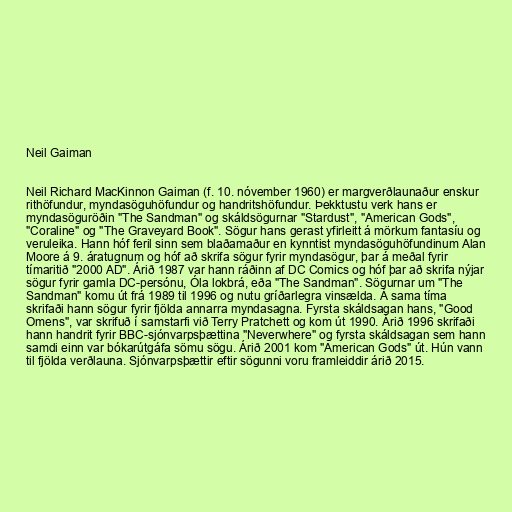
Neil Gaiman

Neil Richard MacKinnon Gaiman (f. 10. nóvember 1960) er margverðlaunaður enskur
rithöfundur, myndasöguhöfundur og handritshöfundur. Þekktustu verk hans er
myndasöguröðin "The Sandman" og skáldsögurnar "Stardust", "American Gods",
"Coraline" og "The Graveyard Book". Sögur hans gerast yfirleitt á mörkum fantasíu og
veruleika. Hann hóf feril sinn sem blaðamaður en kynntist myndasöguhöfundinum Alan
Moore á 9. áratugnum og hóf að skrifa sögur fyrir myndasögur, þar á meðal fyrir
tímaritið "2000 AD". Árið 1987 var hann ráðinn af DC Comics og hóf þar að skrifa nýjar
sögur fyrir gamla DC-persónu, Óla lokbrá, eða "The Sandman". Sögurnar um "The
Sandman" komu út frá 1989 til 1996 og nutu gríðarlegra vinsælda. Á sama tíma
skrifaði hann sögur fyrir fjölda annarra myndasagna. Fyrsta skáldsagan hans, "Good
Omens", var skrifuð í samstarfi við Terry Pratchett og kom út 1990. Árið 1996 skrifaði
hann handrit fyrir BBC-sjónvarpsþættina "Neverwhere" og fyrsta skáldsagan sem hann
samdi einn var bókarútgáfa sömu sögu. Árið 2001 kom "American Gods" út. Hún vann
til fjölda verðlauna. Sjónvarpsþættir eftir sögunni voru framleiddir árið 2015.